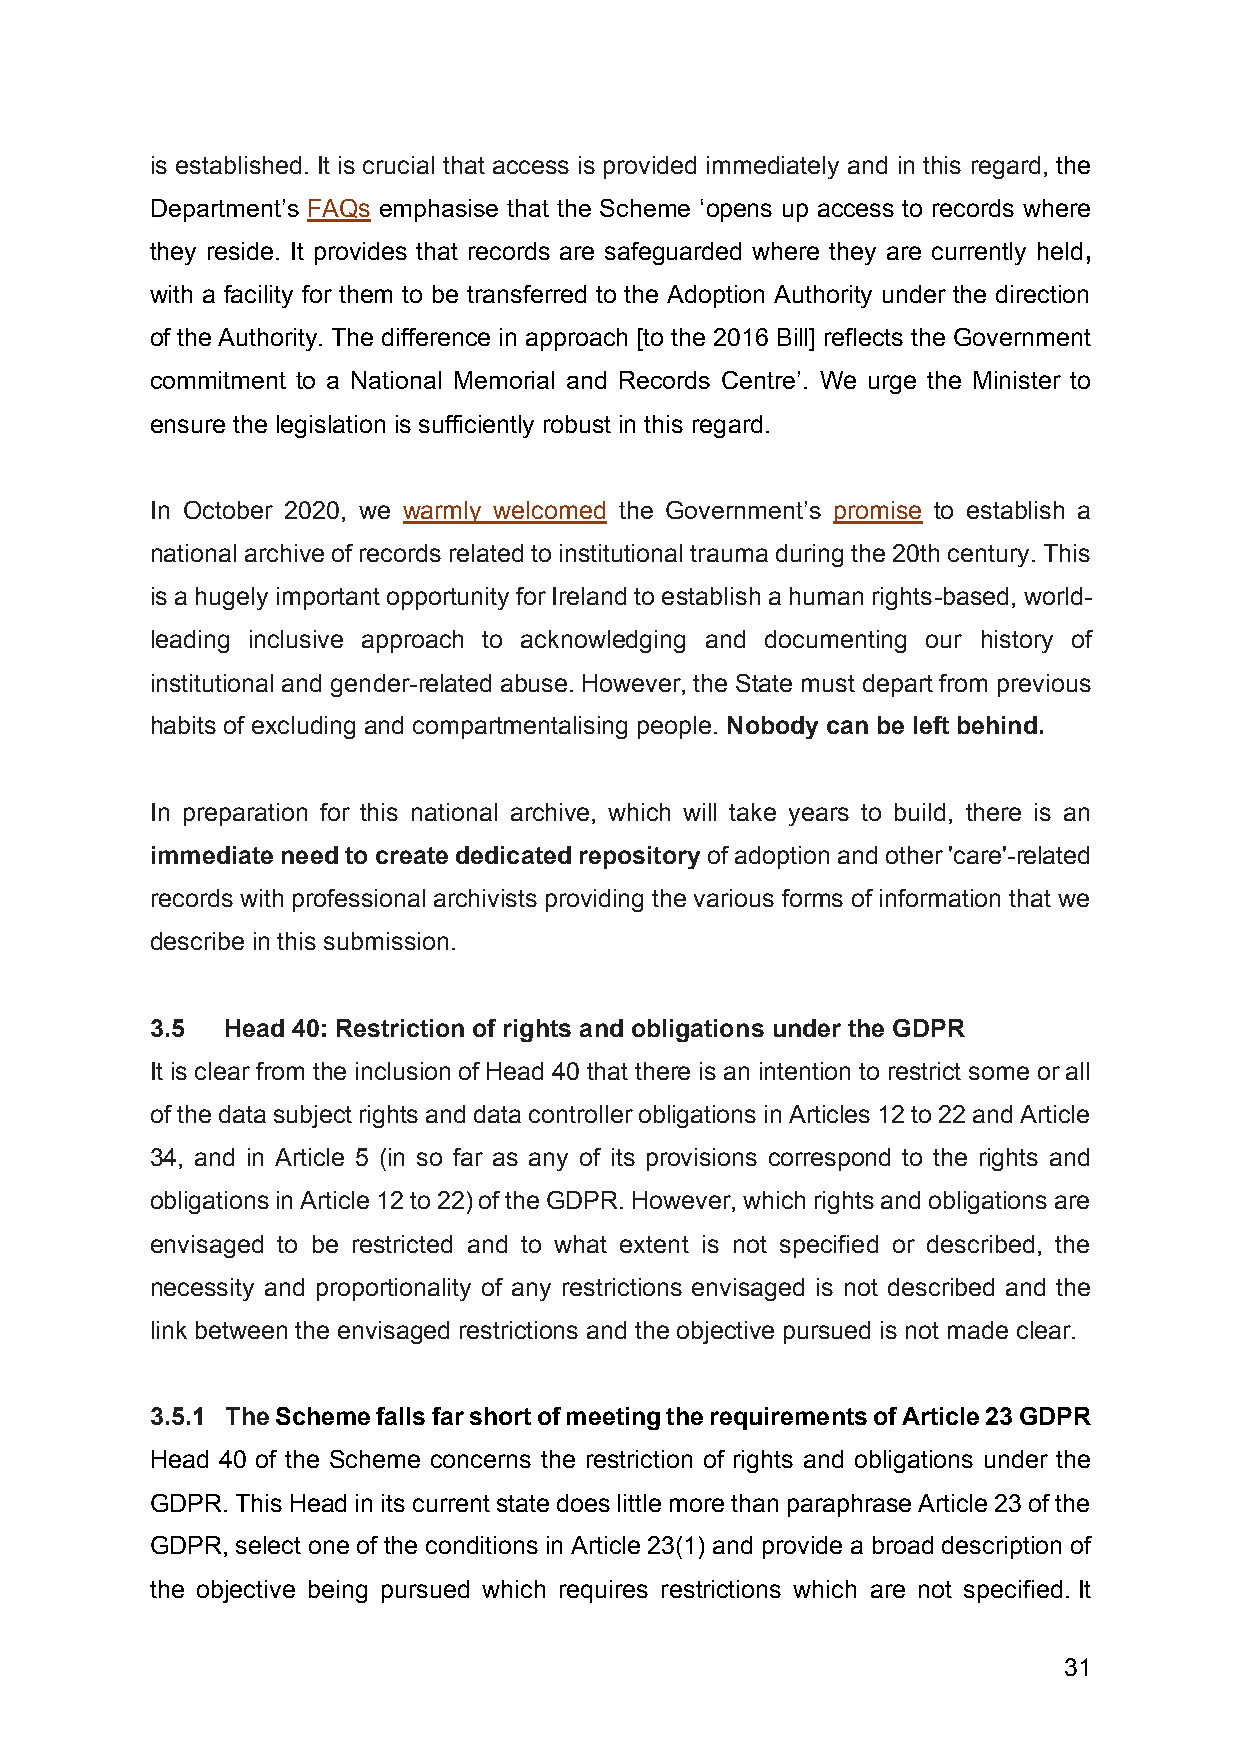
is established. It is crucial that access is provided immediately and in this regard, the
 Department’s FAQs emphasise that the Scheme ‘opens up access to records where
 they reside. It provides that records are safeguarded where they are currently held,
 with a facility for them to be transferred to the Adoption Authority under the direction
 of the Authority. The difference in approach [to the 2016 Bill] reflects the Government
 commitment to a National Memorial and Records Centre’. We urge the Minister to
 ensure the legislation is sufficiently robust in this regard.
 In October 2020, we warmly welcomed the Government’s promise to establish a
 national archive of records related to institutional trauma during the 20th century. This
 is a hugely important opportunity for Ireland to establish a human rights-based, world-
 leading inclusive approach to acknowledging and documenting our history of
 institutional and gender-related abuse. However, the State must depart from previous
 habits of excluding and compartmentalising people. Nobody can be left behind.
 In preparation for this national archive, which will take years to build, there is an
 immediate need to create dedicated repository of adoption and other 'care'-related
 records with professional archivists providing the various forms of information that we
 describe in this submission.
 3.5  Head 40: Restriction of rights and obligations under the GDPR
 It is clear from the inclusion of Head 40 that there is an intention to restrict some or all
 of the data subject rights and data controller obligations in Articles 12 to 22 and Article
 34, and in Article 5 (in so far as any of its provisions correspond to the rights and
 obligations in Article 12 to 22) of the GDPR. However, which rights and obligations are
 envisaged to be restricted and to what extent is not specified or described, the
 necessity and proportionality of any restrictions envisaged is not described and the
 link between the envisaged restrictions and the objective pursued is not made clear.
 3.5.1 The Scheme falls far short of meeting the requirements of Article 23 GDPR
 Head 40 of the Scheme concerns the restriction of rights and obligations under the
 GDPR. This Head in its current state does little more than paraphrase Article 23 of the
 GDPR, select one of the conditions in Article 23(1) and provide a broad description of
 the objective being pursued which requires restrictions which are not specified. It
 31